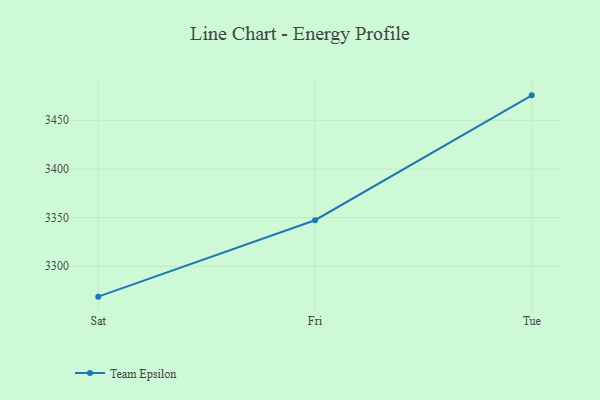
{"axis": {"x": "Day", "y": "Energy Usage (MWh)"}, "legend": ["Team Epsilon"], "data": [{"x": "Sat", "y": 3268.8, "type": "Team Epsilon"}, {"x": "Fri", "y": 3347.3, "type": "Team Epsilon"}, {"x": "Tue", "y": 3475.6, "type": "Team Epsilon"}]}